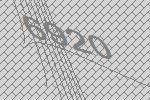
6920